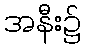
အနီး၌